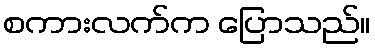
စကားလက်က ပြောသည်။